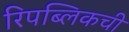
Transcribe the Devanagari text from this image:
रिपब्लिकची